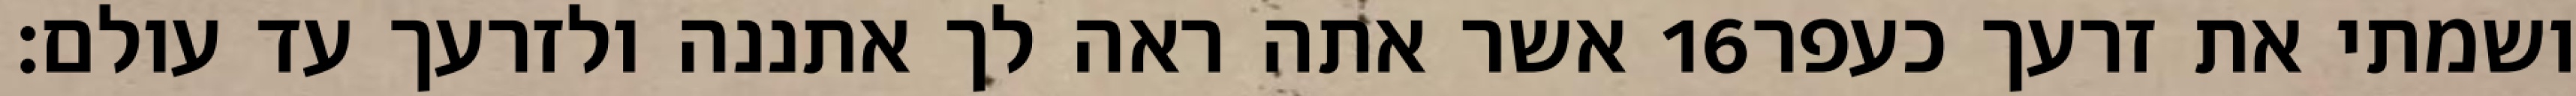
אשר אתה ראה לך אתננה ולזרעך עד עולם׃ ‎16‏ ושמתי את זרעך כעפר